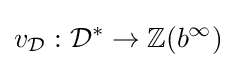
v_{\mathcal {D}}:{\mathcal {D}}^{*}\rightarrow \mathbb {Z} (b^{\infty })